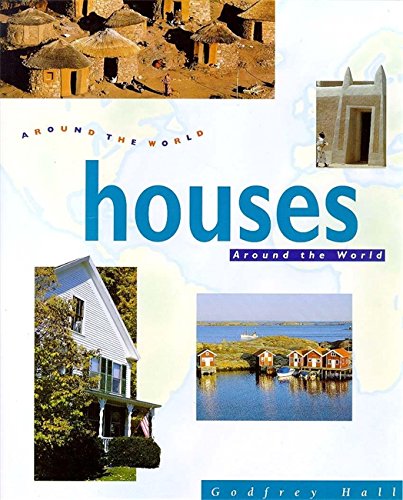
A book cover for Houses Around the World; Godfrey Hall; Children's Books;